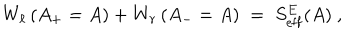
W _ { \ell } \left( A _ { + } = A \right) + W _ { r } \left( A _ { - } = A \right) \; = \; S _ { \mathrm { e f f } } ^ { E } ( A ) ~ ,